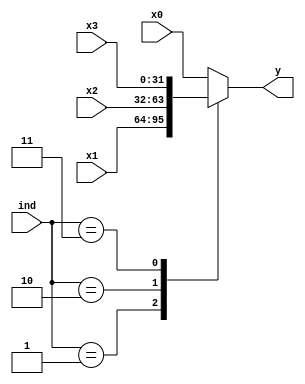
`timescale 1ns / 1ps

module MUX4 #(parameter WIDTH = 32) (
    input [WIDTH - 1 : 0] x0, x1, x2, x3,
    input [1:0] ind,
    output reg [WIDTH - 1 : 0] y
    );
    always @(*) case (ind)
        'b01: y = x1;
        'b10: y = x2;
        'b11: y = x3;
        default: y = x0;
    endcase
endmodule

module MUX3 #(parameter WIDTH = 32) (
    input [WIDTH - 1 : 0] x0, x1, x2,
    input [1:0] ind,
    output reg [WIDTH - 1 : 0] y
    );
    always @(*) case (ind)
        'b01: y = x1;
        'b10: y = x2;
        default: y = x0;
    endcase
endmodule

module PE4(
    input x1, x2, x3,
    output [1:0] y
);
    assign y = x3 ? 3 : x2 ? 2 : x1 ? 1 : 0;
endmodule

module PE3(
    input x1, x2,
    output [1:0] y
);
    assign y = x2 ? 2 : x1 ? 1 : 0;
endmodule

module RPE #(parameter WIDTH = 32, WIDTH_WIDTH = 5) (
    input [WIDTH - 1 : 1] x,
    output reg [WIDTH_WIDTH - 1 : 0] y
);
    integer i;
    always @(*) begin
        y = 0;
        for (i = 1; i < WIDTH; i = i + 1)
            if (x[i])
                y = WIDTH - i;
    end
endmodule

module RMUX #(parameter SIZE = 4, SIZE_WIDTH = 2) (
    input [SIZE - 1 : 0] x,
    input [SIZE_WIDTH - 1 : 0] ind,
    output y
);
    assign y = x[SIZE - 1 - ind];
endmodule